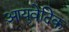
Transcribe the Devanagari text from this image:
आयुवेदिेक